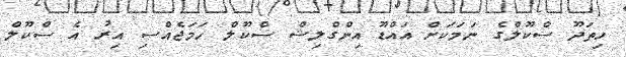
ހިތަދޫ ސްކޫލްގެ ނަމަކަށް އައްޑޫ އިންގްލިޝް ސްކޫލް ހަމަޖެއްސި އިރު އެ ސްކޫލް